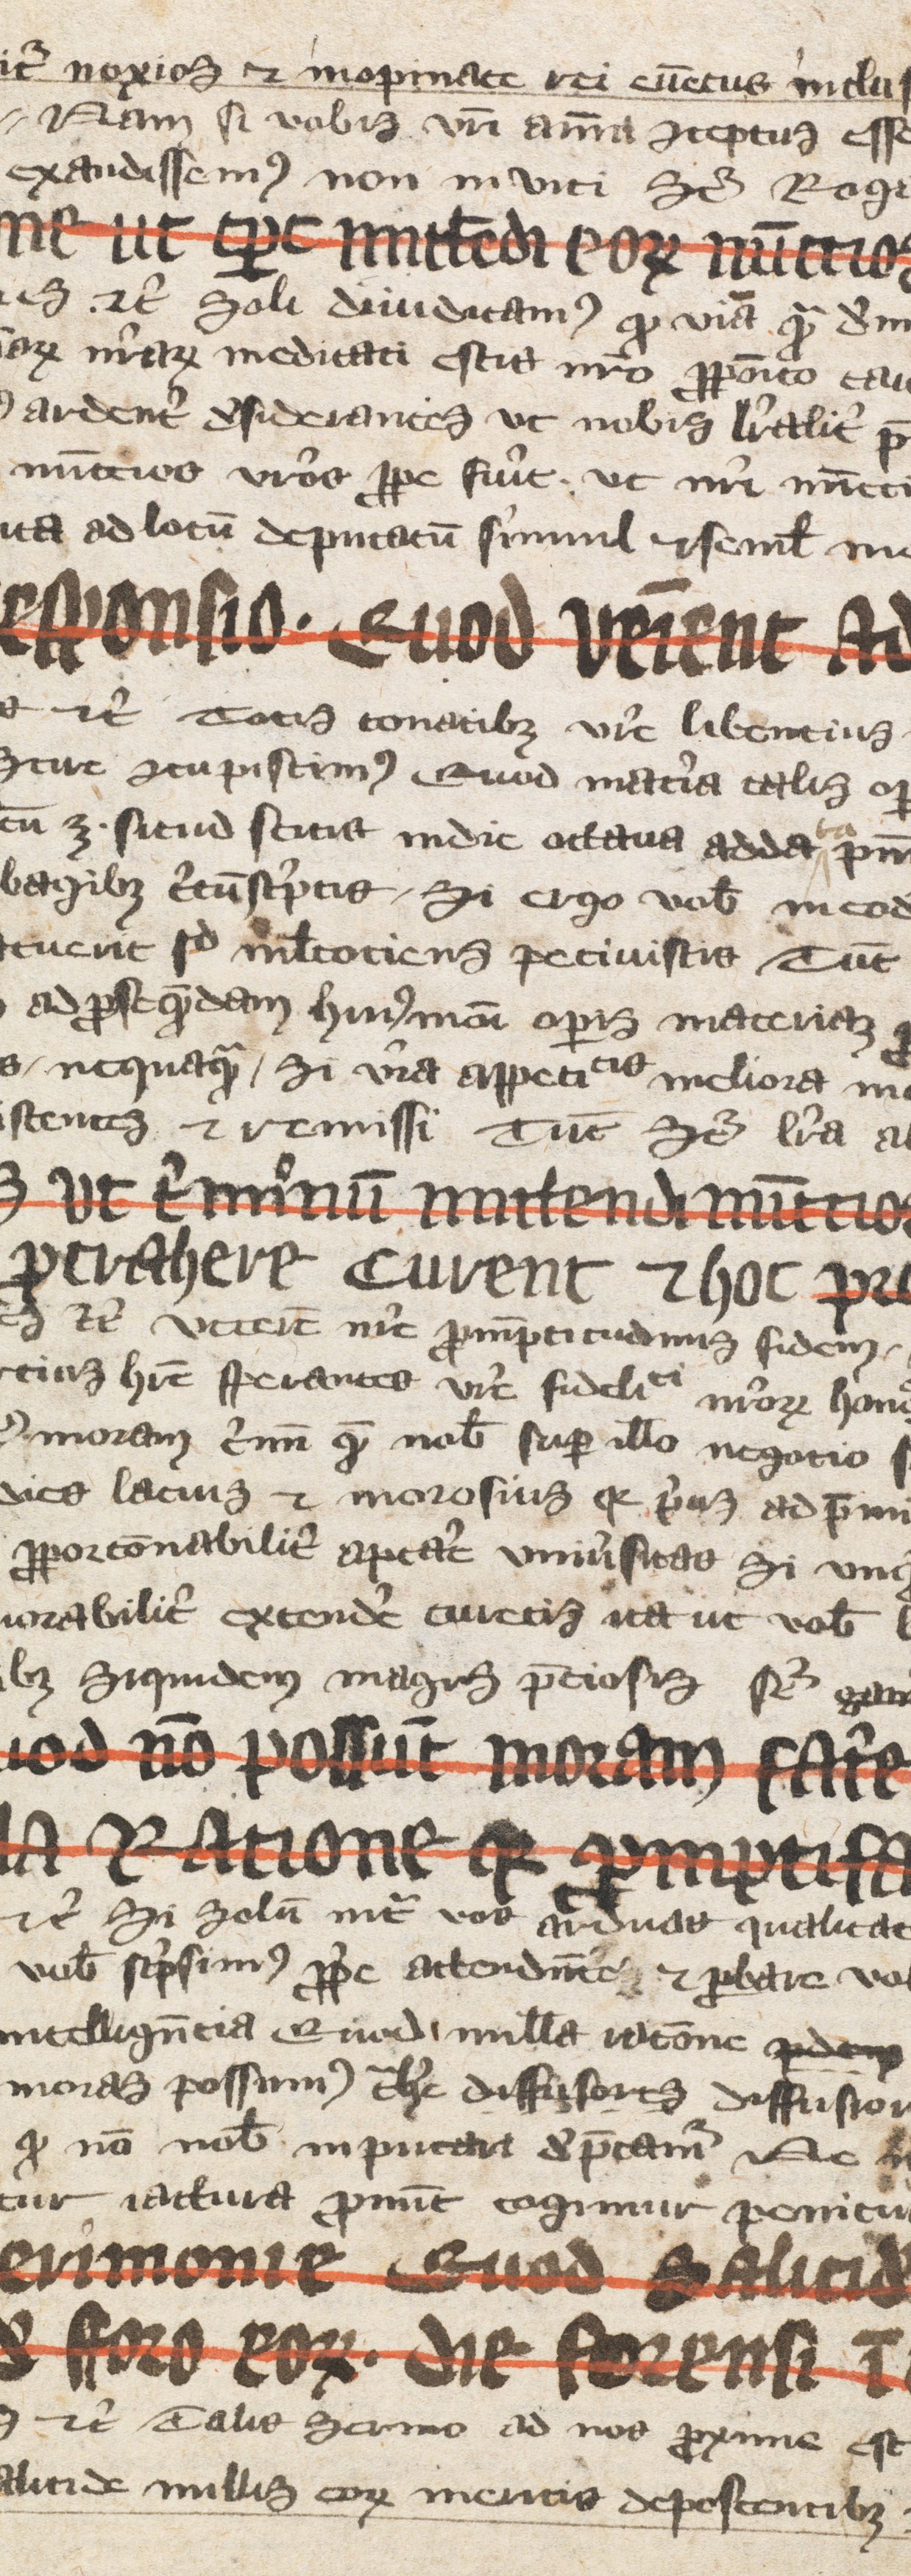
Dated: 1350–1399